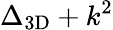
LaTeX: \Delta_{\mathrm{3D}}+k^{2}